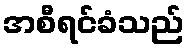
အစီရင်ခံသည်